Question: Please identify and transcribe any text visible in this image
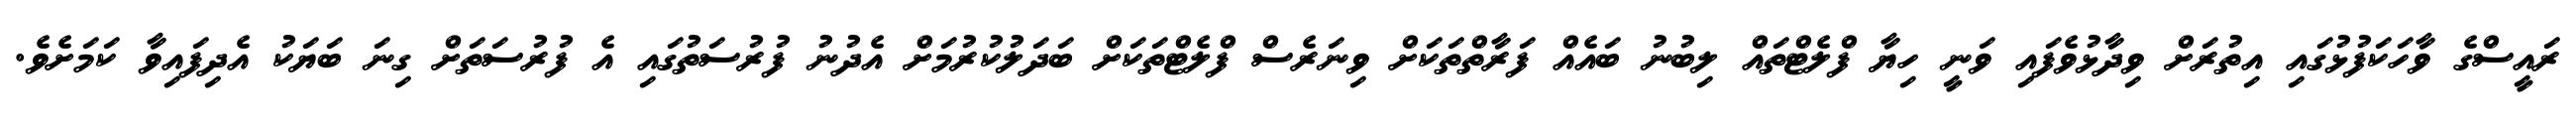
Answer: ރައީސްގެ ވާހަކަފުޅުގައި އިތުރަށް ވިދާޅުވެފައި ވަނީ ހިޔާ ފްލެޓްތައް ލިބުނު ބައެއް ފަރާތްތަކަށް ވިނަރެސް ފްލެޓްތަކަށް ބަދަލުކުރުމަށް އެދުނު ފުރުސަތުގައި އެ ފުރުސަތަށް ގިނަ ބަޔަކު އެދިފައިވާ ކަމަށެވެ.